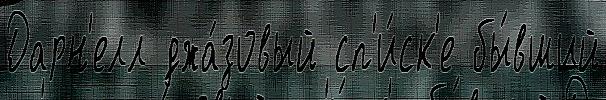
Дарн'елл джа́зовый сп'и́ск'е бы́вший